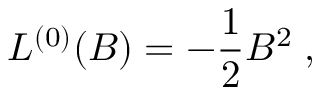
{ \cal L } ^ { ( 0 ) } ( B ) = - { \frac { 1 } { 2 } } B ^ { 2 } \; ,